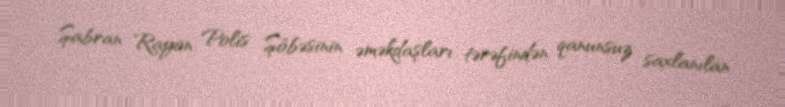
Şabran Rayon Polis Şöbəsinin əməkdaşları tərəfindən qanunsuz saxlanılan